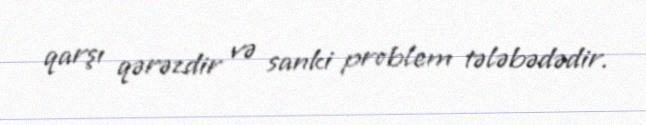
qarşı qərəzdir və sanki problem tələbədədir.